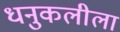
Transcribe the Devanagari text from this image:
धनुकलीला